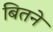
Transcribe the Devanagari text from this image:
बितने